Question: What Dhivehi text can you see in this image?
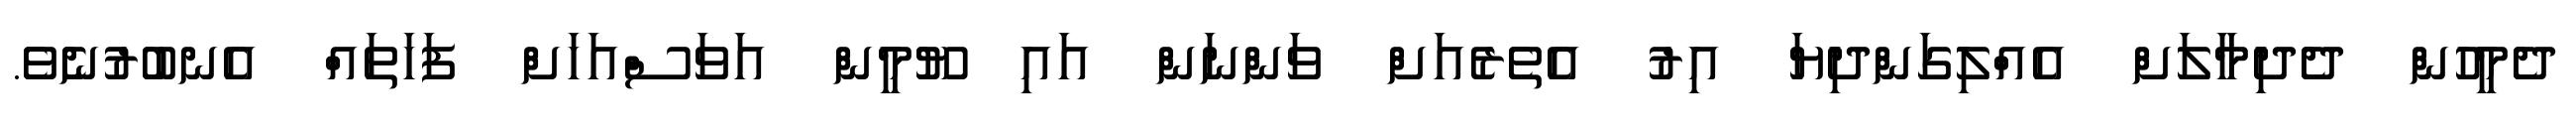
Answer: ދެމީހުން ދެދިމާލަށް އެއްލިގަންދިޔަ އިރު އެތެރެއަށް ވަންނަން އައި ޔޫމީން އަވަސްއަހަށް ފަހަތައް އެނބުރުނެވެ.